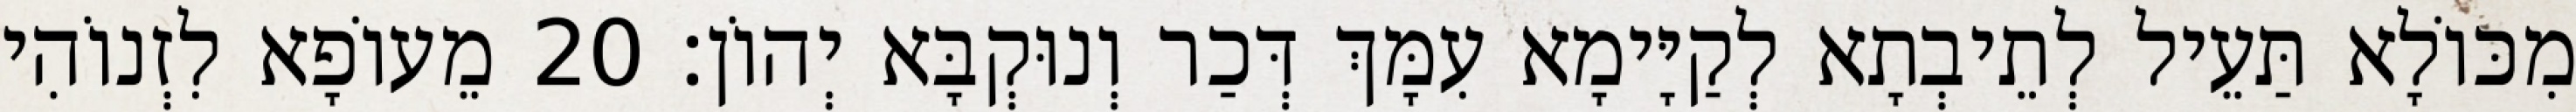
מִכּוֹלָא תַּעֵיל לְתֵיבְתָא לְקַיָּימָא עִמָּךְ דְּכַר וְנוּקְבָּא יְהוֹן׃ 20 מֵעוֹפָא לִזְנוֹהִי